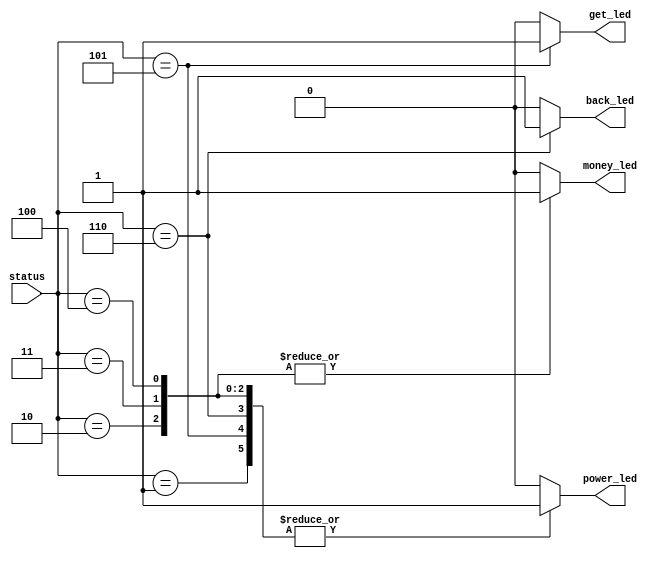
`timescale 1ns / 1ps
//////////////////////////////////////////////////////////////////////////////////
// Company: 
// Engineer: 
// 
// Design Name: 
// Module Name:    output 
// Project Name: 
// Target Devices: 
// Tool versions: 
// Description: 
//
// Dependencies: 
//
// Revision: 
// Revision 0.01 - File Created
// Additional Comments: 
//
//////////////////////////////////////////////////////////////////////////////////
/*
 * input params:
 *      status: FSM
 * output params:
 *      power_led: 
 *      money_led: 
 *      get_led: 
 *      back_led: 
 */
module  FSM_output(
    input [2:0]status,
    output reg power_led,
    output reg money_led,
    output reg get_led,
    output reg back_led);
    
    always@ (status) begin
        case (status)
        3'b000: begin
            power_led = 0;
            money_led = 0;
            get_led = 0;
            back_led = 0;
        end
        3'b001: begin
            power_led = 1;
            money_led = 0;
            get_led = 0;
            back_led = 0;
        end
        3'b010: begin
            power_led = 1;
            money_led = 1;
            get_led = 0;
            back_led = 0;
        end
        
        3'b011: begin
            power_led = 1;
            money_led = 1;
            get_led = 0;
            back_led = 0;
        end
        
        3'b100: begin
            power_led = 1;
            money_led = 1;
            get_led = 0;
            back_led = 0;
        end
        
        3'b101: begin
            power_led = 1;
            money_led = 0;
            get_led = 1;
            back_led = 0;
        end
        
        3'b110: begin
            power_led = 1;
            money_led = 0;
            get_led = 0;
            back_led = 1;
        end
                
        default: begin
            power_led = 0;
            money_led = 0;
            get_led = 0;
            back_led = 0;
        end
        
        
        endcase
    end

endmodule